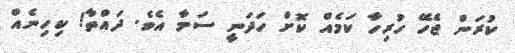
ކުރަން ޖެހޭ ހުރިހާ ކަމެއް ކޮށް ހަދަނީ ސަމާ އެވެ. ދައްތާ! ކިހިނެއް